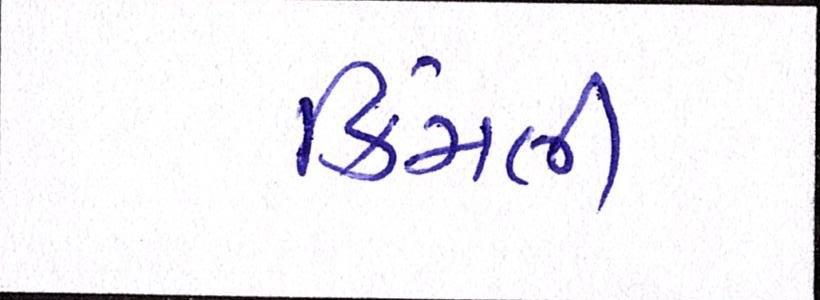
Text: કિમતી